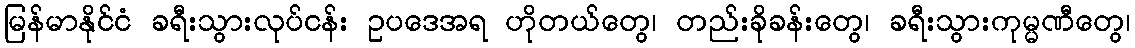
မြန်မာနိုင်ငံ ခရီးသွားလုပ်ငန်း ဥပဒေအရ ဟိုတယ်တွေ၊ တည်းခိုခန်းတွေ၊ ခရီးသွားကုမ္မဏီတွေ၊